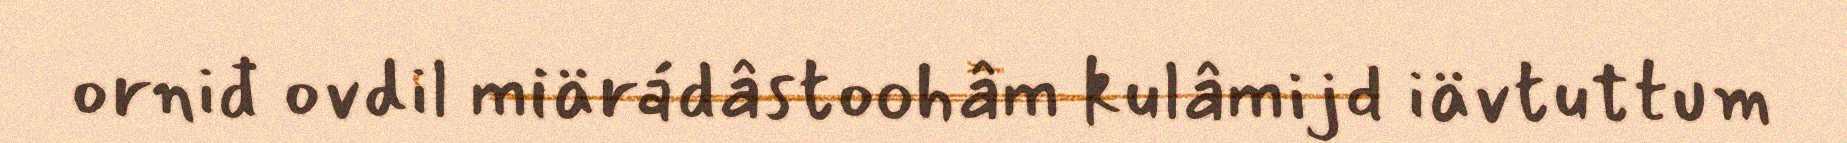
orniđ ovdil miärádâstoohâm kulâmijd iävtuttum